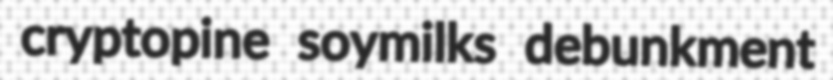
cryptopine soymilks debunkment